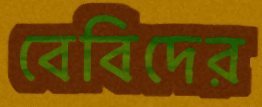
বেবিদের